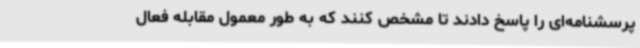
پرسشنامه‌ای را پاسخ دادند تا مشخص کنند که به طور معمول مقابله فعال